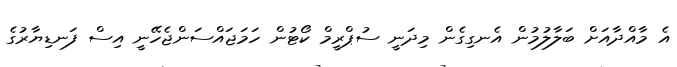
އެ މާއްދާއަށް ބަލާލުމުން އެނގިގެން މިދަނީ ސުޕްރީމް ކޯޓުން ހަމަޖައްސަންޖެހޭނީ އިސް ފަނޑިޔާރުގެ